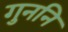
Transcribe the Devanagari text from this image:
गुननि